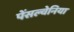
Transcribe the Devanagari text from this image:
पेंसल्वेनिया